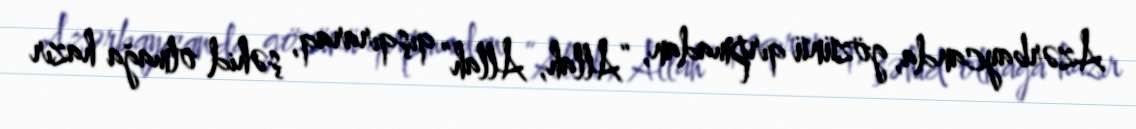
Azərbaycanda, gözünü qırpmadan, “Allah, Allah” qışqıraraq, şəhid olmağa hazır